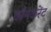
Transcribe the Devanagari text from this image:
कॉनकरेंट